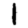
Digit: 1